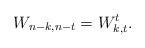
\begin{align*}W_{n-k,n-t}=W^t_{k,t}.\end{align*}